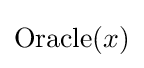
{\text{Oracle}}(x)